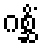
ဂစ္ဆိံ